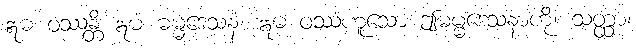
ဣဓ ဝဿန္တိ ဣမံ ဓမ္မဒေသနံ၊ ဣဓ ဝဿံဟူသော ဤဓမ္မဒေသနာကို။ သတ္ထာ၊